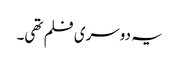
یہ دوسری فلم تھی۔